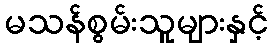
မသန်စွမ်းသူများနှင့်